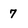
Character: 7